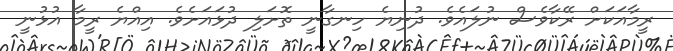
ރީމާއަކަށް ރޭކާވެސް ނުލައެވެ. ދުނިޔެ ހިނގާނީ ތޮށަލި ދުޅައަށެވެ. އިއްޔެ ރީމާ އުޅުނީ